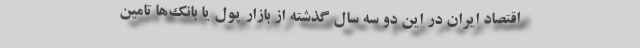
اقتصاد ایران در این دو سه سال گذشته از بازار پول یا بانک‌ها تامین